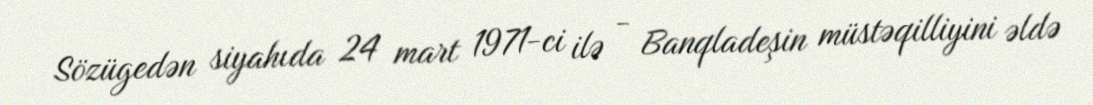
Sözügedən siyahıda 24 mart 1971-ci ilə - Banqladeşin müstəqilliyini əldə